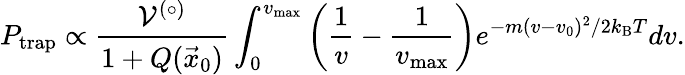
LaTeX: P_{\textrm{trap}}\propto\frac{\mathcal{V}^{(\circ)}}{1+Q(\vec{x}_{0})}\int_{0}^{v_{\textrm{max}}}\left(\frac{1}{v}-\frac{1}{v_{\textrm{max}}}\right)e^{-m(v-v_{0})^{2}/2k_{\textrm{B}}T}dv.